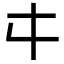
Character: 㐄